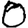
Digit: 0